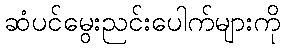
ဆံပင်မွေးညင်းပေါက်များကို